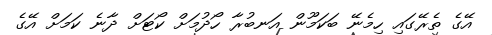
އޭގެ ތެރޭގައި ހިމެނޭ ބަކަމޫން އަނބުރާ ހޯދުމަށް ކޯޓަށް ދާނެ ކަމަށް އޭގެ